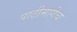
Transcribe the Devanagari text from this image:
पाठीमागेच